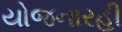
યોજનારહી